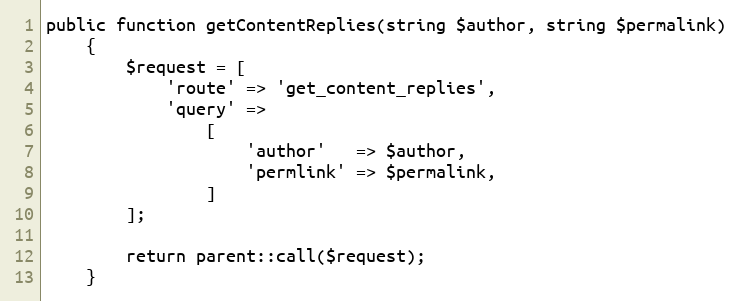
Language: PHP
public function getContentReplies(string $author, string $permalink)
    {
        $request = [
            'route' => 'get_content_replies',
            'query' =>
                [
                    'author'   => $author,
                    'permlink' => $permalink,
                ]
        ];

        return parent::call($request);
    }